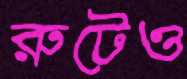
রুটেও